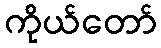
ကိုယ်တော်